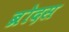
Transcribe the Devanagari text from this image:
ब्रोदस